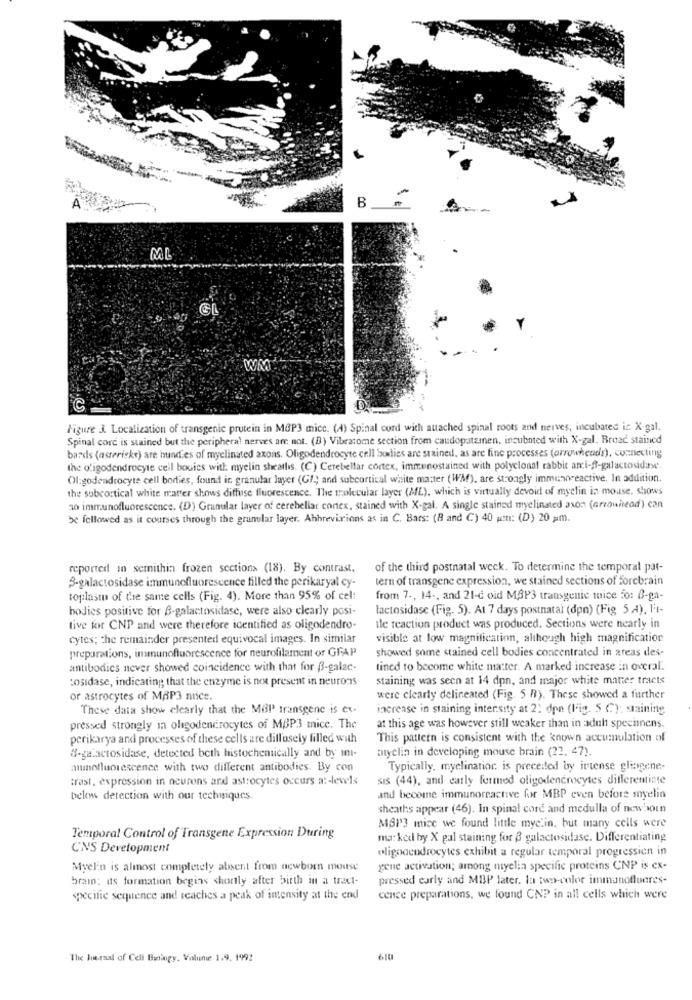
B
A
GI
WM
Figure 3. Localization of transgenic protein in MOP3 mice. (A) Spinal cord with attached spinal roots and nerves, incubated is. X-gal.
Spinal cord is stained but the peripheral nerves are not. (B) Vibratome section from caudopatamen. incubated with X-gal. Broad stained
bards (asterisks) are hundes of myelinated axons. Oligodendrocyte cell bodies are stained, as are fine processes (arrowheads), connecting
the oligodendrocyte cell bouies with: myelin sheaths. (C) Cerebellar cortex, immunostained with polyclonal rabbit anci -- galactosidase.
Ol:godendrocyte cell borties, found in granular layer (G/; and subcortical white master (WM), are strongly immunoreactive. In addition.
the subcortical white matter shows diffuse fluorescence. The mulecular layer (ML), which is virtually devoid of myelin in mouse. shows
30 immunofluorescence. (D) Granular layer of cerebellar conex, stained with X-gal. A single stained myelinated axon (arrowhead) can
be followed as it courses through the granular layer. Abbrevirions as in C. Bars: (8 and C) 40 umt: (D) 20 pm.
reported in semithin frozen sections (18). By contrast.
of the third postnatal week. To determine the temporal pat-
3-galactosidase immunofluorescence filled the perikaryal cy-
tern of transgene expression, we stained sections of forebrain
toplast of the same cells (Fig. 4). More than 95% of cel!
from 7 ., 14 -, and 21-c oid M3P3 transgenic mice 50: 0-ga-
bodies positive for B-galactosidase, were also clearly posi-
lactosidase (Fig. 5). At 7 days postnatal (dpn) (Fig 5 .4), l't-
tive for CNP and were therefore icentified as oligodendro-
ale reaction product was produced. Sections were nearly in
cytes; the remainder presented equivocal images. In similar
visible at low magnification, although high magnification
preparations, immunofluorescence for neurofilament or GFAP
showed some stained cell bodies concentrated in areas des-
antibodies never showed coincidence with that for B-galac-
tined to become white matter. A marked increase in overal.
cosidase, indicating that the enzyme is net present in neurons
staining was seen at 14 dpn, and major white matter tracts
or astrocytes of MAP3 nice.
were clearly delineated (Fig. 5 R). These showed a further
These data show clearly that the MGP transgene is ex-
iacrease in staining intensity at 2: don (lig. 5 C): staining
pressed strongly in oligodendrocytes of MBP3 mice. The
at this age was however still weaker than in adult specimens.
perikarya and processes of these cells are dillosely filled with
This pattern is consistent with the known accumulation of
atyelin in developing mouse brain (22. 47).
8-ga.actosidase, detected both histochemically and by in-
unofluorescence with two different antibodies. By con
Typically, myelination is preceded by intense glingene-
trast, expression in neurons and astrocytes occurs at-levels
sis (44), and early formed oligodendrocytes differentinte
below detection with our techniques.
and become immunoreactive for MBP even before myelin
sheaths appear (46). In spinal cord and medulla of newborn
MBP] mix we found little myelin, but many cells were
Temporal Control of Transgene Expression During
ma: ked by X gal staining for 3 galactosidase. Differentiating
CNS Development
oligodendrocytes exhibit a regular temporal progression in
Myelin is almost completely absent from newborn mouse
gene activation; among niyelin specific proteins CNP is ex-
brain; its formation begins shortly after birth in a tract-
pressed early and MBP later. la two-color immunofluares-
specific sequence and reaches a peak of intensity at the end
cence preparations, we found CNP in all cells which were
The Journal of Celi Baningy. Volune 1.9. 1992
610